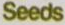
Seeds